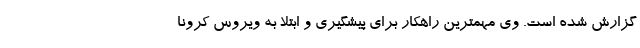
گزارش شده است. وی مهمترین راهکار برای پیشگیری و ابتلا به ویروس کرونا